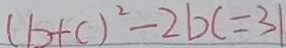
( b + c ) ^ { 2 } - 2 b c = 3 1